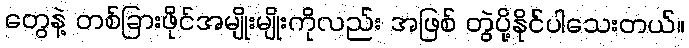
တွေနဲ့ တစ်ခြားဖိုင်အမျိုးမျိုးကိုလည်း အဖြစ် တွဲပို့နိုင်ပါသေးတယ်။